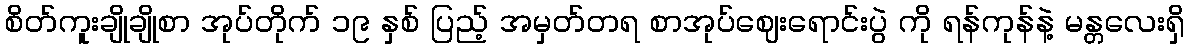
စိတ်ကူးချိုချိုစာ အုပ်တိုက် ၁၉ နှစ် ပြည့် အမှတ်တရ စာအုပ်ဈေးရောင်းပွဲ ကို ရန်ကုန်နဲ့ မန္တလေးရှိ